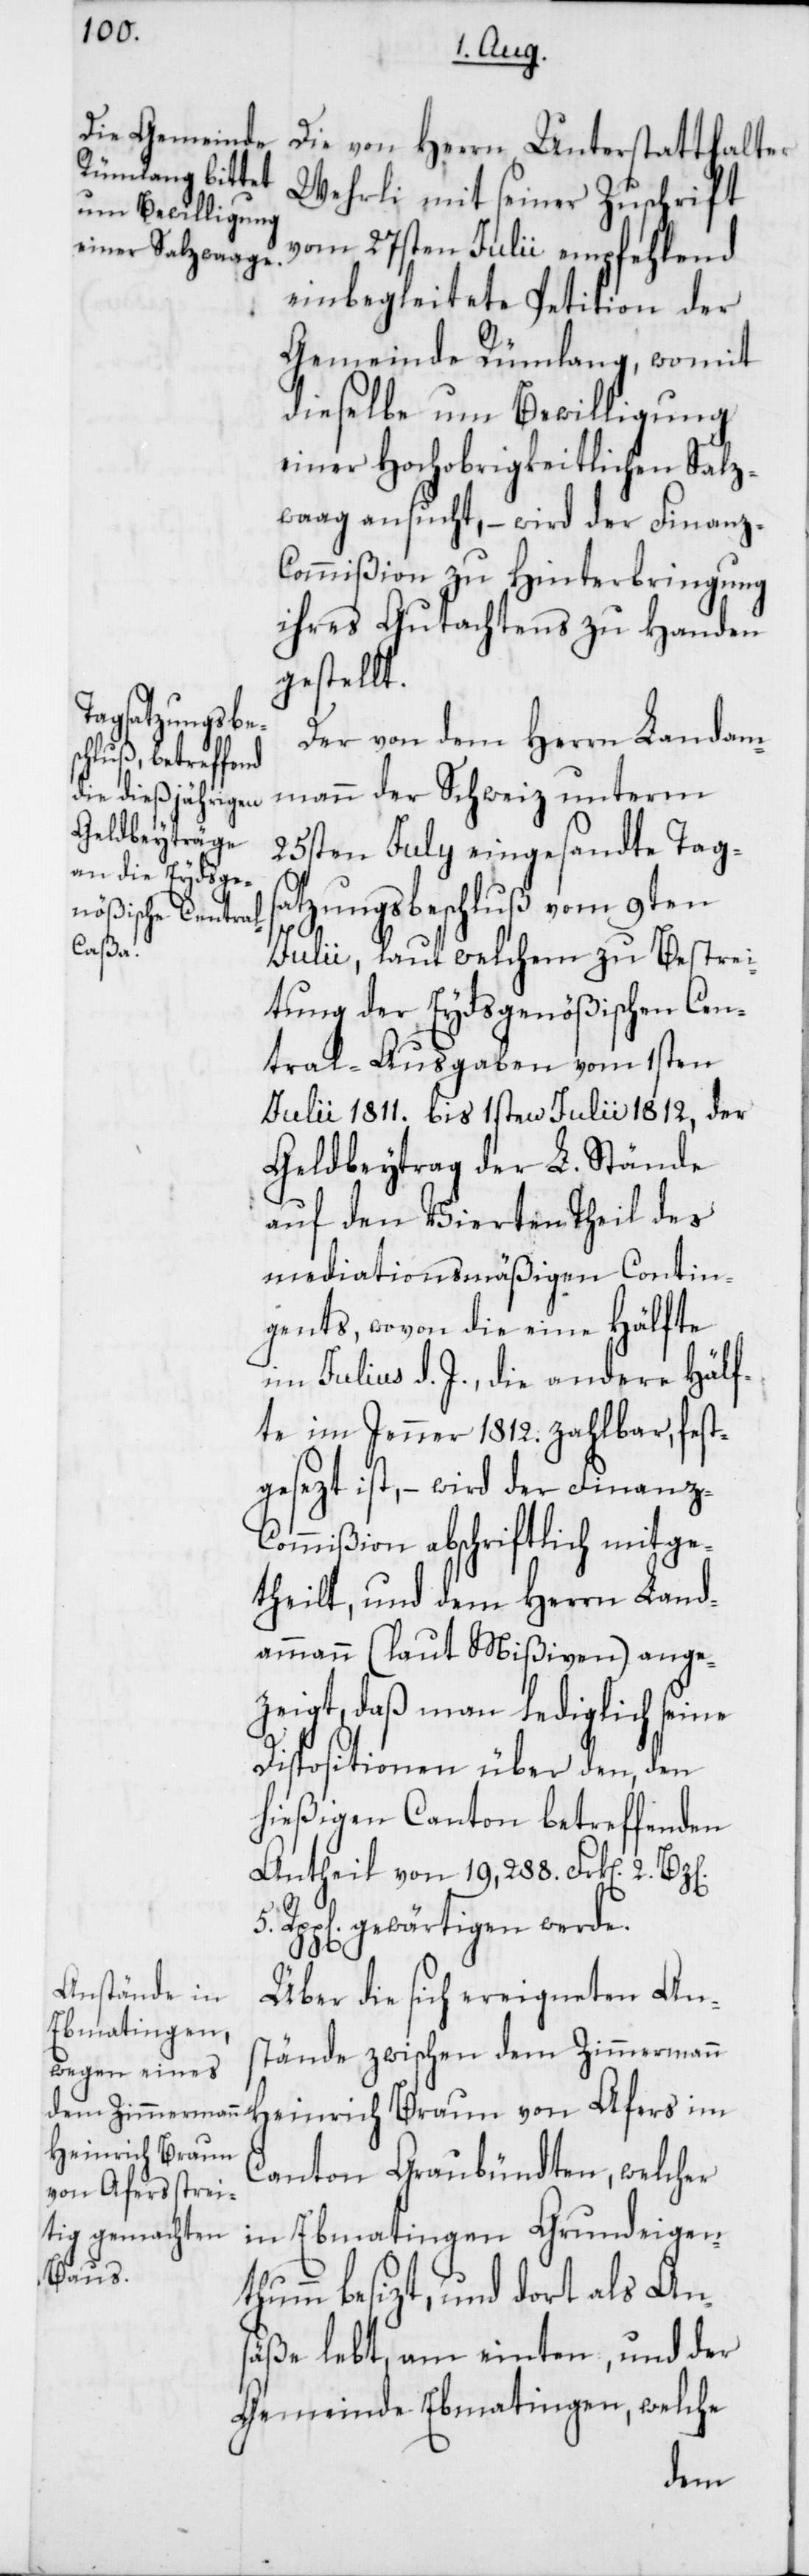
Die von Herrn Unterstatthalter
Wehrli, mit seiner Zuschrift
vom 27sten Julii empfehlend
einbegleitete Petition der
Gemeinde Rümlang, womit
dieselbe um Bewilligung
einer Hochobrigkeitlichen Salz¬
waag ansucht, – wird der Finanz-C¬
ommißion zu Hinterbringung
ihres Gutachtens zu Handen
gestellt.
Der von dem Herrn Landam¬
mann der Schweiz unterm
25sten July eingesandte Tagsa¬
tzungsbeschluß vom 9ten
Julii, laut welchem zu Bestrei¬
tung der Eydsgenößischen Cen¬
tral-Ausgaben vom 1sten
Julii 1811. bis 1sten Julii 1812, der
Geldbeytrag der L. Stände
auf den Vierten Theil des
mediationsmäßigen Contin¬
gents, wovon die eine Hälfte
im Julius d. J., die andere Hälf¬
te im Jenner 1812. zahlbar, fest¬
gesezt ist, – wird der Finanz-C¬
ommißion abschriftlich mitge¬
theilt, und dem Herrn Land¬
ammann (laut Mißiven) ange¬
zeigt, daß man lediglich seine
Dispositionen über den, den
hießigen Canton betreffenden
Antheil von 19'288. Frk[en]. 2
gewärtigen werde.
Über die sich ereigneten An¬
stände zwischen dem Zimmermann
Heinrich Braun von Afers im
Canton Graubündten, welcher
in Ebmatingen Grundeigen¬
thum besizt, und dort als Ans¬
äße lebt, am einten, und der
Gemeinde Ebmatingen, welche